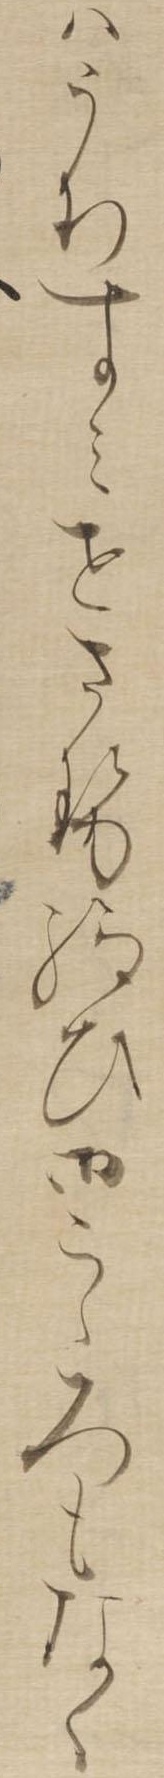
はうちすみせさせ給ひ御こゝろもなく